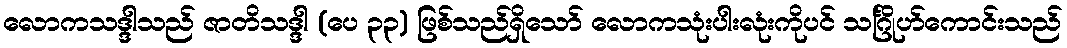
လောကသဒ္ဒါသည် ဇာတိသဒ္ဒါ (ပေ ၃၃) ဖြစ်သည်ရှိသော် လောကသုံးပါးလုံးကိုပင် သင်္ဂြိုဟ်ကောင်းသည်